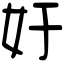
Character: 㚥